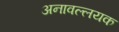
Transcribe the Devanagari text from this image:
अनावल्लयक